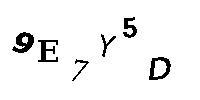
9E7Y5D